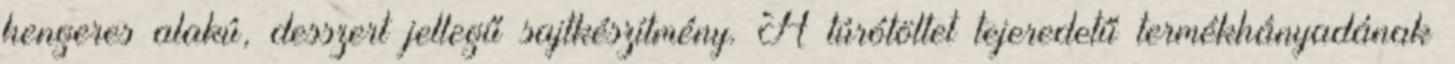
hengeres alakú, desszert jellegű sajtkészítmény. A túrótöltet tejeredetű termékhányadának